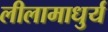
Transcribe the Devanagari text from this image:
लीलामाधुर्य